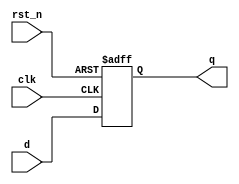
module negative_edge_triggered (
    input wire clk,           // Clock signal
    input wire rst_n,        // Active-low reset signal
    input wire [3:0] d,      // Data input
    output reg [3:0] q       // Data output
);

// Sequential logic block triggered at the negative edge of clk
always @(negedge clk or negedge rst_n) begin
    if (!rst_n) begin
        // Asynchronous reset
        q <= 4'b0000; // Initialize output to 0 on reset
    end else begin
        // Update state on falling edge of the clock
        q <= d; // Assign data input to output
    end
end

endmodule